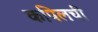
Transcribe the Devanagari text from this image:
कपिलची